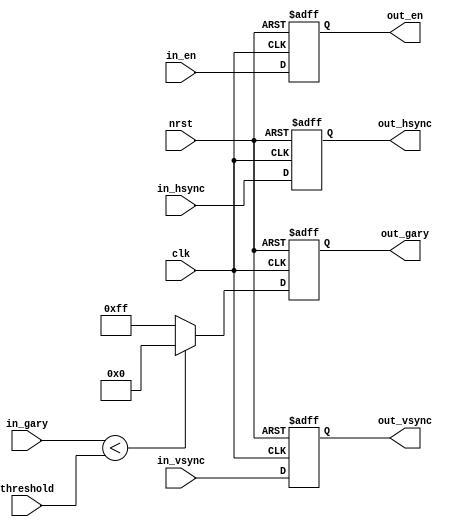
module binary_generator(
	input clk,
	input nrst,
	input [7:0] threshold,
	input [7:0] in_gary,
	input in_hsync,
	input in_vsync,
	input in_en,
	output [7:0] out_gary,
	output out_hsync,
	output out_vsync,
	output out_en
);

reg [7:0]  gary_temp;

always@(posedge clk or negedge nrst)begin
	if(!nrst)
		gary_temp	<= 8'd0;
	else if (in_gary  <  threshold)
		gary_temp	<= 8'h00;
	else
		gary_temp	<=	8'hff;
end

assign out_gary	=	gary_temp ;

reg hsync_r,vsync_r,en_r;
//reg hsync_rr,vsync_rr,en_rr;

always@(posedge clk or negedge nrst)begin
	if(!nrst)begin
		hsync_r	<=	1'b0;
		vsync_r	<=	1'b0;
		en_r	<=	1'b0;
//		hsync_rr	<=	1'b0;
//		vsync_rr	<=	1'b0;
//		en_rr	<=	1'b0;
	end
	else begin
		hsync_r	<=	in_hsync;
		vsync_r	<=	in_vsync;
		en_r	<=	in_en;
//		hsync_rr	<=	hsync_r;
//		vsync_rr	<=	vsync_r;
//		en_rr	<=	en_r;
	end
end
assign out_hsync  = hsync_r;
assign out_vsync  = vsync_r;
assign out_en = en_r;
endmodule